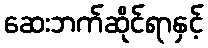
ဆေးဘက်ဆိုင်ရာနှင့်